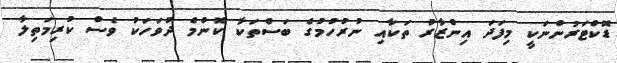
ޑޮކްޓަރުންނަކީ މިފަދަ އިންޒާރު ތަކާއި ނުރުހުމުގެ ބަސްތަކާ ކޮންމެ ދުވަހަކު ވެސް ކުރިމަތިލާ